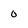
Character: 0